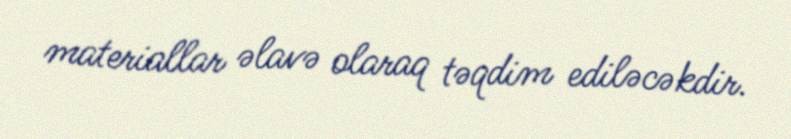
materiallar əlavə olaraq təqdim ediləcəkdir.